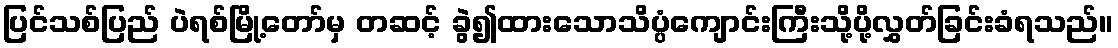
ပြင်သစ်ပြည် ပဲရစ်မြို့တော်မှ တဆင့် ခွဲ၍ထားသောသိပ္ပံကျောင်းကြီးသို့ပို့လွှတ်ခြင်းခံရသည်။